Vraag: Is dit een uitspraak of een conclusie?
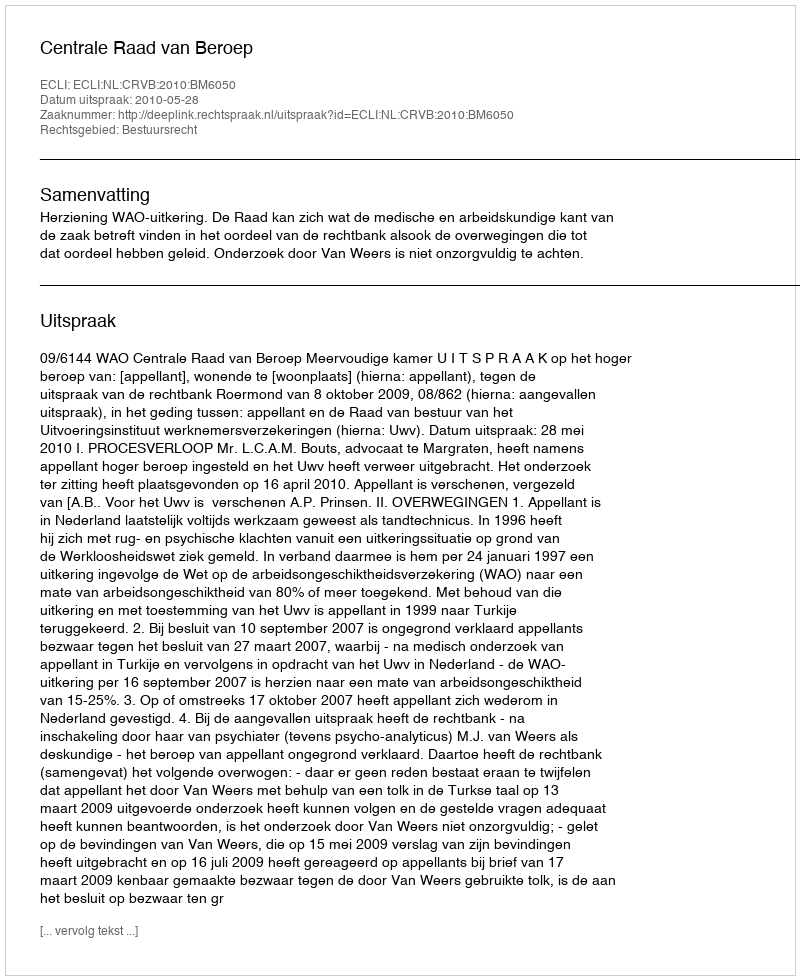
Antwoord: Uitspraak